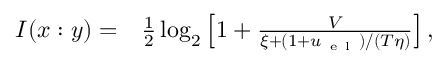
\begin{array} { r l } { I ( x : y ) = } & { { } \frac { 1 } { 2 } \log _ { 2 } \left[ 1 + \frac { V } { \xi + ( 1 + u _ { \mathrm { ~ e ~ l ~ } } ) / ( T \eta ) } \right] , } \end{array}